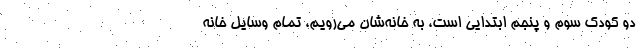
دو کودک سوم و پنجم ابتدایی است، به خانه‌شان می‌رویم، تمام وسایل خانه